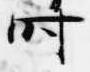
時